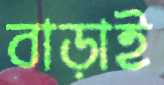
বাড়াই